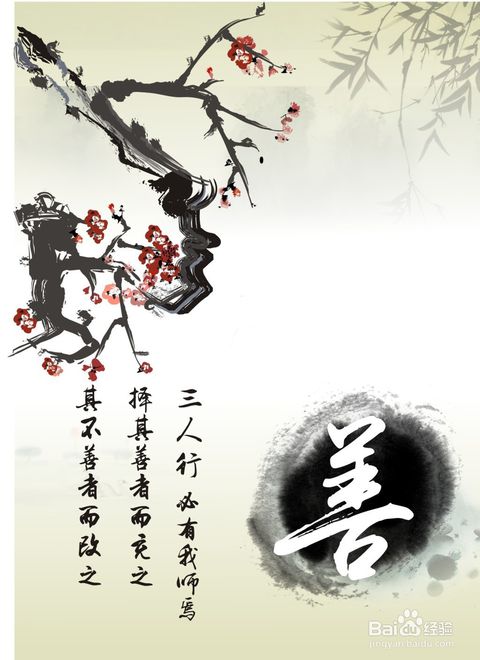
而天下皆曰其力也，必不能曰我见命焉。